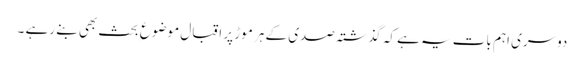
دوسری اہم بات یہ ہے کہ گذشتہ صدی کے ہر موڑ پر اقبال موضوع ِ بحث بھی بنے رہے ۔